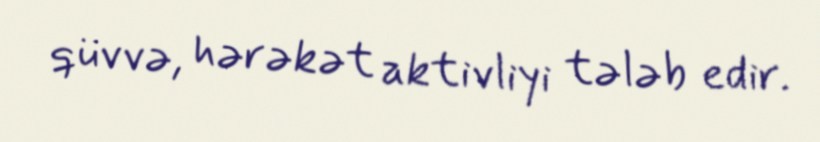
qüvvə, hərəkət aktivliyi tələb edir.